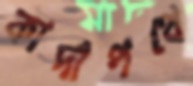
কাদাপথে